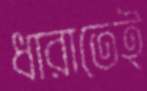
ধারাতেই